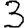
Digit: 3